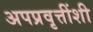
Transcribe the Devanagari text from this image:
अपप्रवृत्तींशी